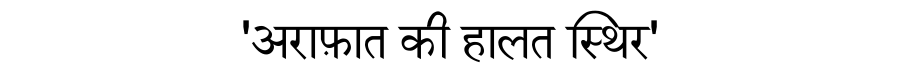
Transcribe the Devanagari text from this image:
'अराफ़ात की हालत स्थिर'